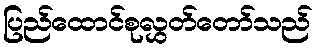
ပြည်ထောင်စုလွှတ်တော်သည်